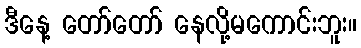
ဒီနေ့ တော်တော် နေလို့မကောင်းဘူး။